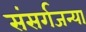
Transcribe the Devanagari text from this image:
संसर्गजन्या